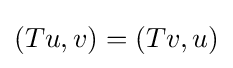
(Tu,v)=(Tv,u)